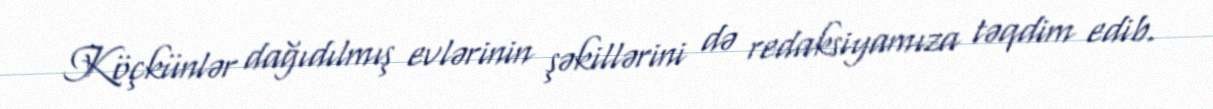
Köçkünlər dağıdılmış evlərinin şəkillərini də redaksiyamıza təqdim edib.